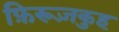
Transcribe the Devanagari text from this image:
फ़िरूज़कुह